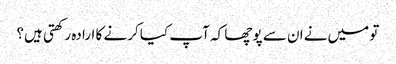
تو میں‌نے ان سے پوچھا کہ آپ کیا کرنے کا ارادہ رکھتی ہیں؟